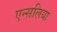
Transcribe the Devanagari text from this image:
एन्सलिया